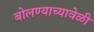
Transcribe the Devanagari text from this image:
बोलण्याच्यावेळी